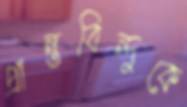
প্রান্তবিন্দুকে